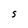
Character: S